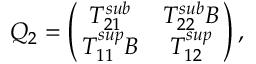
Q _ { 2 } = \left( \! \! \begin{array} { c c } { T _ { 2 1 } ^ { s u b } } & { T _ { 2 2 } ^ { s u b } B } \\ { T _ { 1 1 } ^ { s u p } B } & { T _ { 1 2 } ^ { s u p } } \end{array} \! \! \right) ,